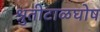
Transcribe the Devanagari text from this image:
श्रुतीटाळघोष